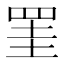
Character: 罣